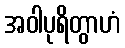
အဝါပုရိတွာဟံ